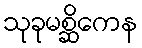
သုခုမစ္ဆိကေန